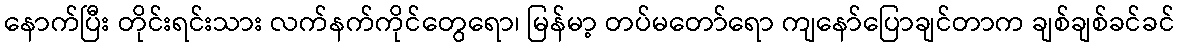
နောက်ပြီး တိုင်းရင်းသား လက်နက်ကိုင်တွေရော၊ မြန်မာ့ တပ်မတော်ရော ကျနော်ပြောချင်တာက ချစ်ချစ်ခင်ခင်